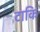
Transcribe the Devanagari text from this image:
टाकि